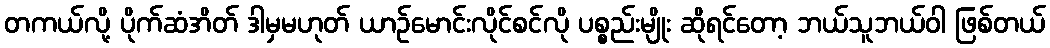
တကယ်လို့ ပိုက်ဆံအိတ် ဒါမှမဟုတ် ယာဉ်မောင်းလိုင်စင်လို ပစ္စည်းမျိုး ဆိုရင်တော့ ဘယ်သူဘယ်ဝါ ဖြစ်တယ်